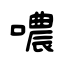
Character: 噥